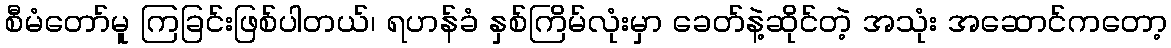
စီမံတော်မူ ကြခြင်းဖြစ်ပါတယ်၊ ရဟန်ခံ နှစ်ကြိမ်လုံးမှာ ခေတ်နဲ့ဆိုင်တဲ့ အသုံး အဆောင်ကတော့